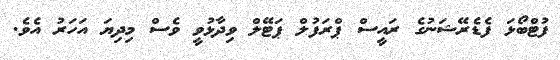
ފުޓްބޯޅަ ފެޑެރޭޝަނުގެ ރައީސް ޕްރަފުލް ޕަޓޭލް ވިދާޅުވީ ވެސް މިދިޔަ އަހަރު އެވެ.